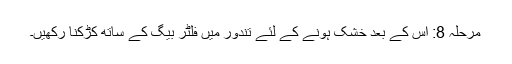
مرحلہ 8: اس کے بعد خشک ہونے کے لئے تندور میں فلٹر بیگ کے ساتھ کڑکنا رکھیں۔